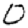
Digit: 0